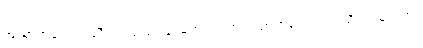
အညာဘဝေါ၊ သညီဘဝသည်။ န၊ မဟုတ်။ အသညာဘဝေါ၊ အသညီဘဝမဟုတ်။